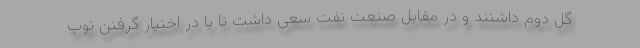
گل دوم داشتند و در مقابل صنعت نفت سعی داشت تا با در اختیار گرفتن توپ